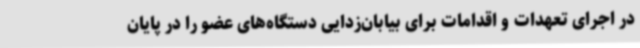
در اجرای تعهدات و اقدامات برای بیابان‌زدایی دستگاه‌های عضو را در پایان